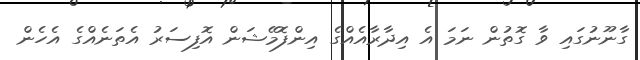
ގާނޫނުގައި ވާ ގޮތުން ނަމަ އެ އިދާރާއެއްގެ އިންފޮމޭޝަން އޮފިސަރު އެތަނެއްގެ އެހެން